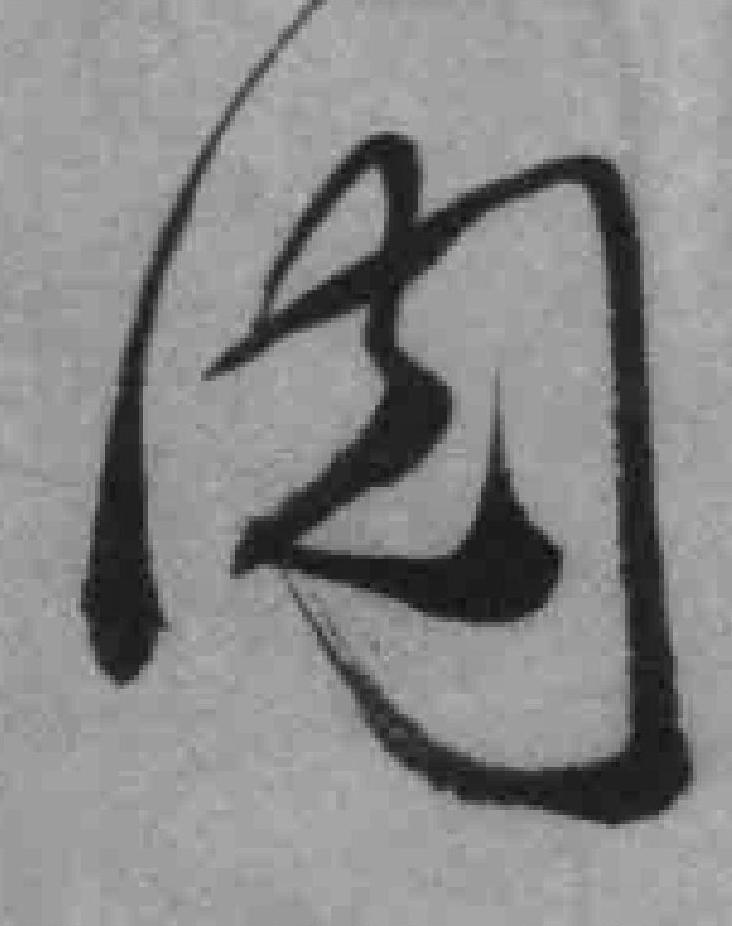
阅